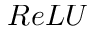
R e L U